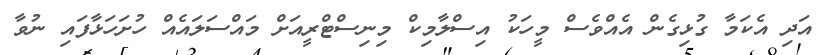
އަދި އެކަމާ ގުޅިގެން އެއްވެސް މީހަކު އިސްލާމިކް މިނިސްޓްރީއަށް މައްސަލައެއް ހުށަހަޅާފައި ނުވާ